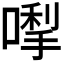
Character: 𭊓